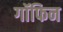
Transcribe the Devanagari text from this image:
गॉफिन